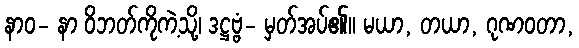
နာဝ- နာ ဝိဘတ်ကိုကဲ့သို့၊ ဒဋ္ဌဗ္ဗံ- မှတ်အပ်၏။ မယာ, တယာ, ဂုဏဝတာ,